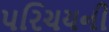
પરિચયની